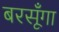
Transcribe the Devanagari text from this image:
बरसूँगा